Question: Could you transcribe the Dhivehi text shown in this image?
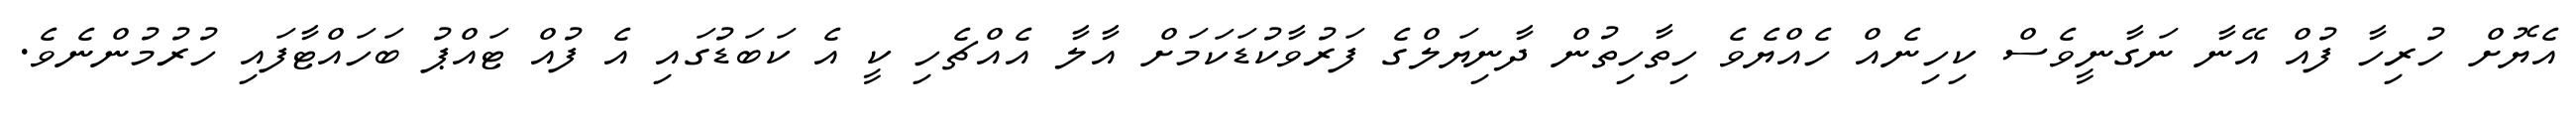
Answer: އެޔޮށް ހުރިހާ ފުއް އޭނާ ނަގާނީވެސް ކިހިނެއް ހެއްޔެވެ ހިތާހިތުން ދާނިޔަލްގެ ފަރުވާކުޑަކަމަށް އާލާ އެއްޗެހި ކީ އެ ކަބަޑުގައި އެ ފުއް ޓައްޕު ބަހައްޓާފައި ހުރުމުންނެވެ.